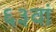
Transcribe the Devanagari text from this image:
६३वां